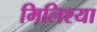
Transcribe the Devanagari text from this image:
मिलिश्या